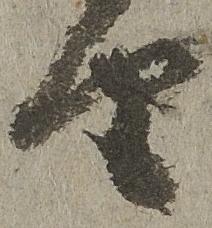
由